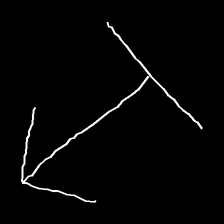
Glyph: levitation